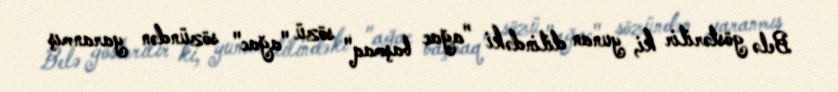
Belə göstərilir ki, yunan dilindəki "ağac başmaq" sözü "ağac" sözündən yaranmış